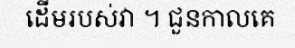
ដើមរបស់វា ។ ជួនកាលគេ